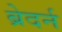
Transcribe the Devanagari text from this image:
ब्रेदर्न